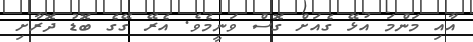
އާއި މަންމަ އުޅޭ ގެއަށް ގޮސް ވަނީމެވެ. އެރޭ ގޭގެ ބޮޑު ދޮރާށި